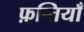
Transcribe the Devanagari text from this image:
फ़ब्तियाँ